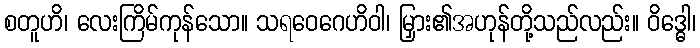
စတူဟိ၊ လေးကြိမ်ကုန်သော။ သရဝေဂေဟိဝါ၊ မြှား၏အဟုန်တို့သည်လည်း။ ဝိဒ္ဓေါ၊